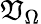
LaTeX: \mathfrak{V}_{\Omega}